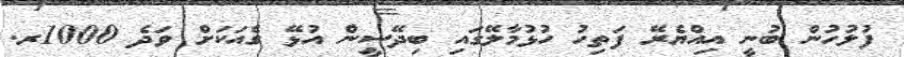
ފުލުހުން ބުނީ އިއްޔެރޭ ފަތިހު ހުޅުމާލޭގައި ބިދޭސީން އުޅޭ ގެއަކަށް ވަދެ 1000ރ.